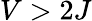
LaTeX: V>2J